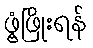
ဖွံ့ဖြိုးရန်